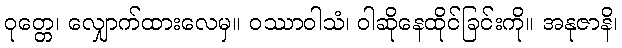
ဝုတ္တေ၊ လျှောက်ထားလေမှ။ ဝဿာဝါသံ၊ ဝါဆိုနေထိုင်ခြင်းကို။ အနုဇာနိ၊